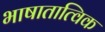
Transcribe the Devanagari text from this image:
भाषातात्विक